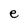
Character: e